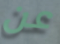
عن